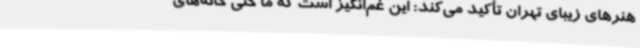
هنرهای زیبای تهران تأکید می‌کند: این غم‌انگیز است که ما حتی خانه‌های